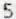
5